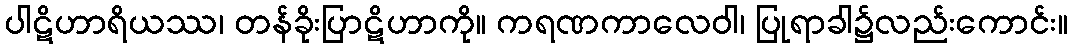
ပါဋိဟာရိယဿ၊ တန်ခိုးပြာဋိဟာကို။ ကရဏကာလေဝါ၊ ပြုရာခါ၌လည်းကောင်း။